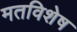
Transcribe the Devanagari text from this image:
मतविशेष